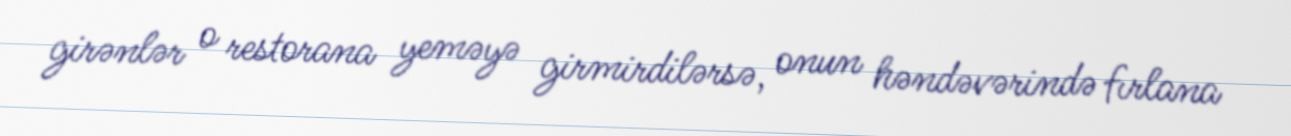
girənlər o restorana yeməyə girmirdilərsə, onun həndəvərində fırlana